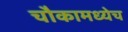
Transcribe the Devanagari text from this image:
चौकामध्येच